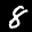
Label: 8